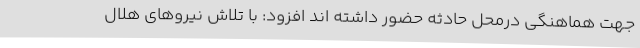
جهت هماهنگی درمحل حادثه حضور داشته اند افزود: با تلاش نیروهای هلال